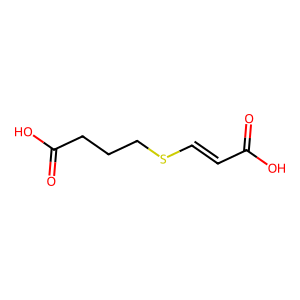
SMILES: O=C(O)C=CSCCCC(=O)O
Inhibits HIV replication: No